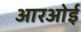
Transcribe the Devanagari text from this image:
आरओई